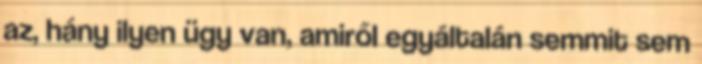
az, hány ilyen ügy van, amiről egyáltalán semmit sem